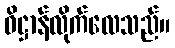
ဓိဋ္ဌာန်လိုက်လေသည်။